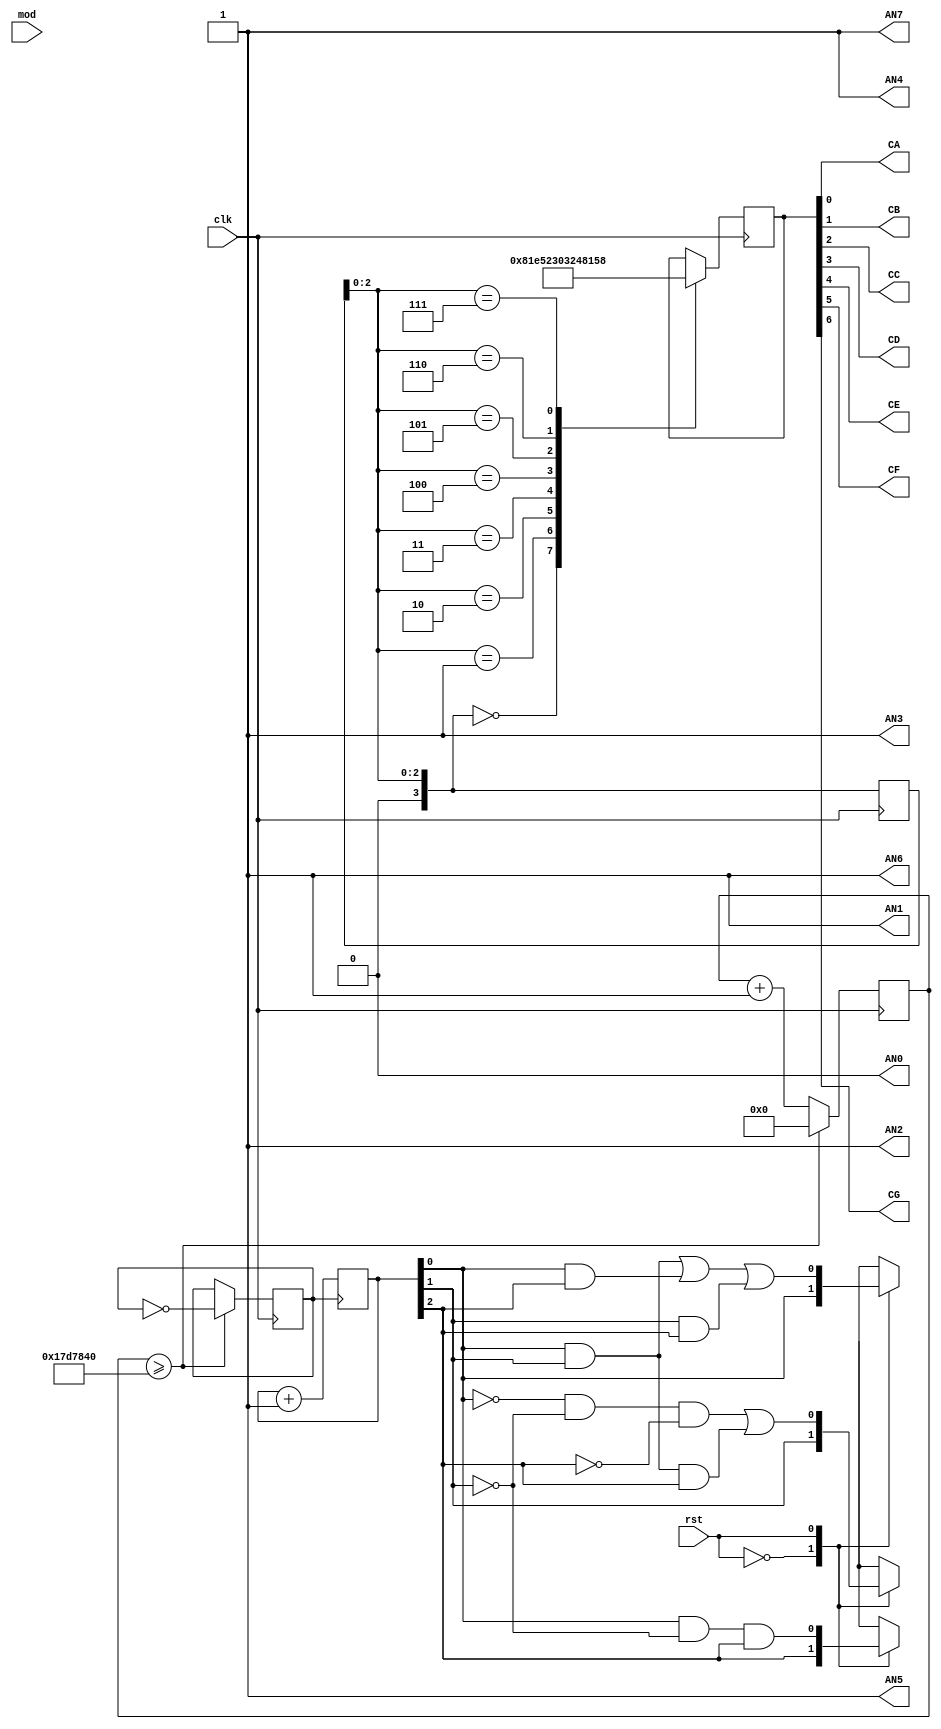
module seven_seg_birthday(
	clk,
	rst,
	mod,
	CA,
	CB,
	CC,
	CD,
	CE,
	CF,
	CG,
	AN0,
	AN1,
	AN2,
	AN3,
	AN4,
	AN5,
	AN6,
	AN7,
);
    
input clk;
input rst;
input mod;
output CA,CB,CC,CD,CE,CF,CG;
output AN0,AN1,AN2,AN3,AN4,AN5,AN6,AN7;

reg clk_2hz;
reg [31:0] cnt_2hz;
reg [2:0] cnt;
reg [6:0] seg_data;
reg [3:0] seg_number;

////**YOUR_DESIGN**////
always @(*) begin
	case(rst)
	1'b0:  seg_number <= {1'b0,cnt};
	1'b1: begin
		      seg_number[0] <= cnt[0] & cnt[1] | cnt[0] & cnt[2] | cnt[1] & cnt[2];
		      seg_number[1] <= ~cnt[0] & ~cnt[1] & ~cnt[2] | cnt[0] & cnt[1] & cnt[2];
		      seg_number[2] <= cnt[0] & ~cnt[1] & cnt[2];
		      seg_number[3] <= 1'b0;
	       end
	endcase
end
///////////////////////

//**CLK_DIV**//
always@ (posedge clk /*or negedge rst*/) begin
	/*if (~rst) begin
		cnt_2hz <= 32'b0;
		clk_2hz <= 1'b0;
	end*/
	//else begin
		if (cnt_2hz >= 25000000) begin
			cnt_2hz <= 32'b0;
			clk_2hz <= ~clk_2hz;
		end
		else begin
			cnt_2hz <= cnt_2hz + 1;
			clk_2hz <= clk_2hz;
		end
	//end
end

//**COUNTER**//
always@(posedge clk_2hz/* or negedge rst*/) begin
	//if(~rst)
		//cnt <= 3'd0;
	//else
		cnt <= cnt + 3'd1;
end
 
assign {AN7,AN6,AN5,AN4,AN3,AN2,AN1,AN0} = 8'b1111_1110;

assign {CG,CF,CE,CD,CC,CB,CA} = seg_data;

//**BCD_to_7seg**//
always@(posedge clk) begin  
  case(seg_number)
	4'd0:seg_data <= 7'b100_0000;
	4'd1:seg_data <= 7'b111_1001;
	4'd2:seg_data <= 7'b010_0100;
	4'd3:seg_data <= 7'b011_0000;
	4'd4:seg_data <= 7'b001_1001;
	4'd5:seg_data <= 7'b001_0010;
	4'd6:seg_data <= 7'b000_0010;
	4'd7:seg_data <= 7'b101_1000;
	4'd8:seg_data <= 7'b000_0000;
	4'd9:seg_data <= 7'b001_0000;
	default: seg_number <= seg_number;
  endcase
  
end 

endmodule